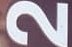
2